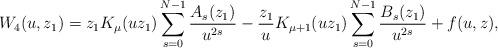
LaTeX: \begin{align*}W_4(u,z_1)=z_1K_\mu(uz_1)\sum_{s=0}^{N-1} \frac{A_s(z_1)}{u^{2s}}-\frac{z_1}{u}K_{\mu+1}(uz_1)\sum_{s=0}^{N-1} \frac{B_s(z_1)}{u^{2s}}+f(u,z),\end{align*}